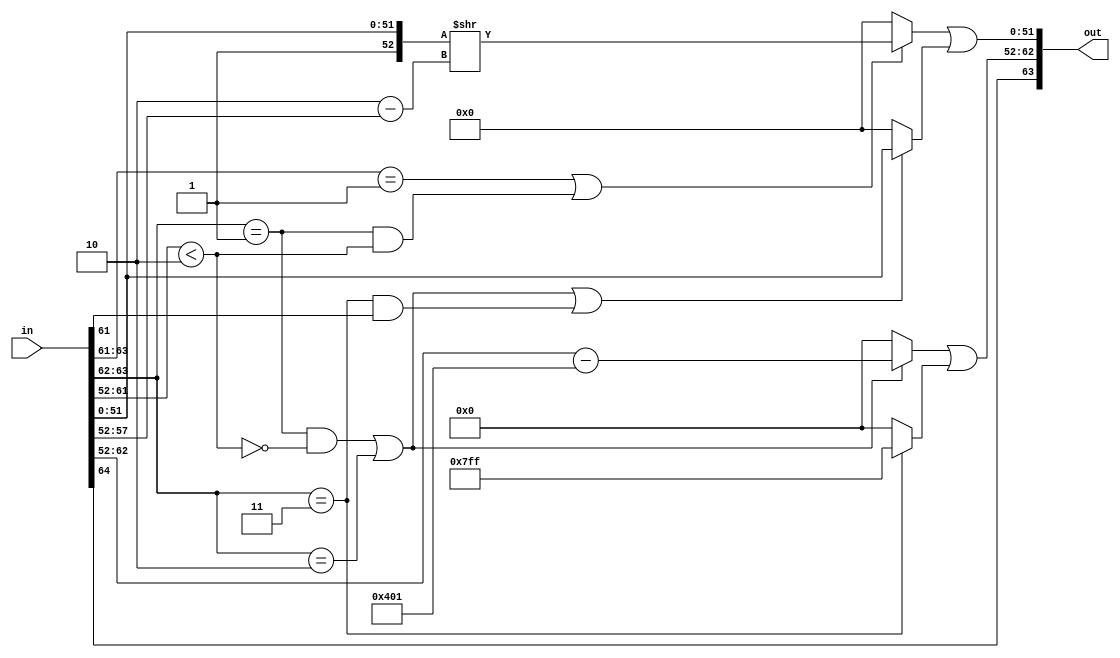

//*** THIS MODULE HAS NOT BEEN FULLY OPTIMIZED.

module recodedFloat64ToFloat64( in, out );

    input  [64:0] in;
    output [63:0] out;

    /*------------------------------------------------------------------------
    *------------------------------------------------------------------------*/
    wire        sign;
    wire [11:0] expIn;
    wire [51:0] fractIn;
    wire        exp01_isHighSubnormalIn;
    wire        isSubnormal, isNormal, isSpecial, isNaN;

    wire [5:0]  denormShiftCount;
    wire [51:0] subnormal_fractOut;
    wire [10:0] normal_expOut;

    wire [10:0] expOut;
    wire [51:0] fractOut;
    wire [63:0] out;

    /*------------------------------------------------------------------------
    *------------------------------------------------------------------------*/
    assign sign    = in[64];
    assign expIn   = in[63:52];
    assign fractIn = in[51:0];
    assign exp01_isHighSubnormalIn = ( expIn[9:0] < 2 );
    assign isSubnormal =
        ( expIn[11:9] == 3'b001 )
            | ( ( expIn[11:10] == 2'b01 ) & exp01_isHighSubnormalIn );
    assign isNormal =
        ( ( expIn[11:10] == 2'b01 ) & ~ exp01_isHighSubnormalIn )
            | ( expIn[11:10] == 2'b10 );
    assign isSpecial = ( expIn[11:10] == 2'b11 );
    assign isNaN = isSpecial & expIn[9];

    assign denormShiftCount = 2 - expIn[5:0];
    assign subnormal_fractOut = {1'b1, fractIn}>>denormShiftCount;
    assign normal_expOut = expIn - 12'b010000000001;

    assign expOut =
        ( isNormal ? normal_expOut : 0 ) | ( isSpecial ? 11'b11111111111 : 0 );
    assign fractOut =
          ( isSubnormal      ? subnormal_fractOut : 0 )
        | ( isNormal | isNaN ? fractIn            : 0 );
    assign out = {sign, expOut, fractOut};

endmodule